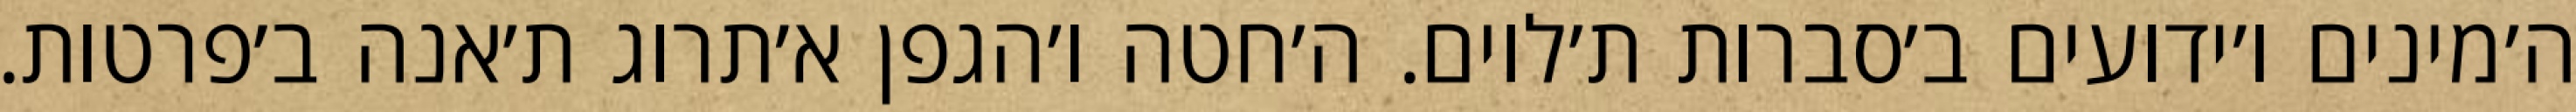
ה׳מינים ו׳ידועים ב׳סברות ת׳לוים. ה׳חטה ו׳הגפן א׳תרוג ת׳אנה ב׳פרטות.